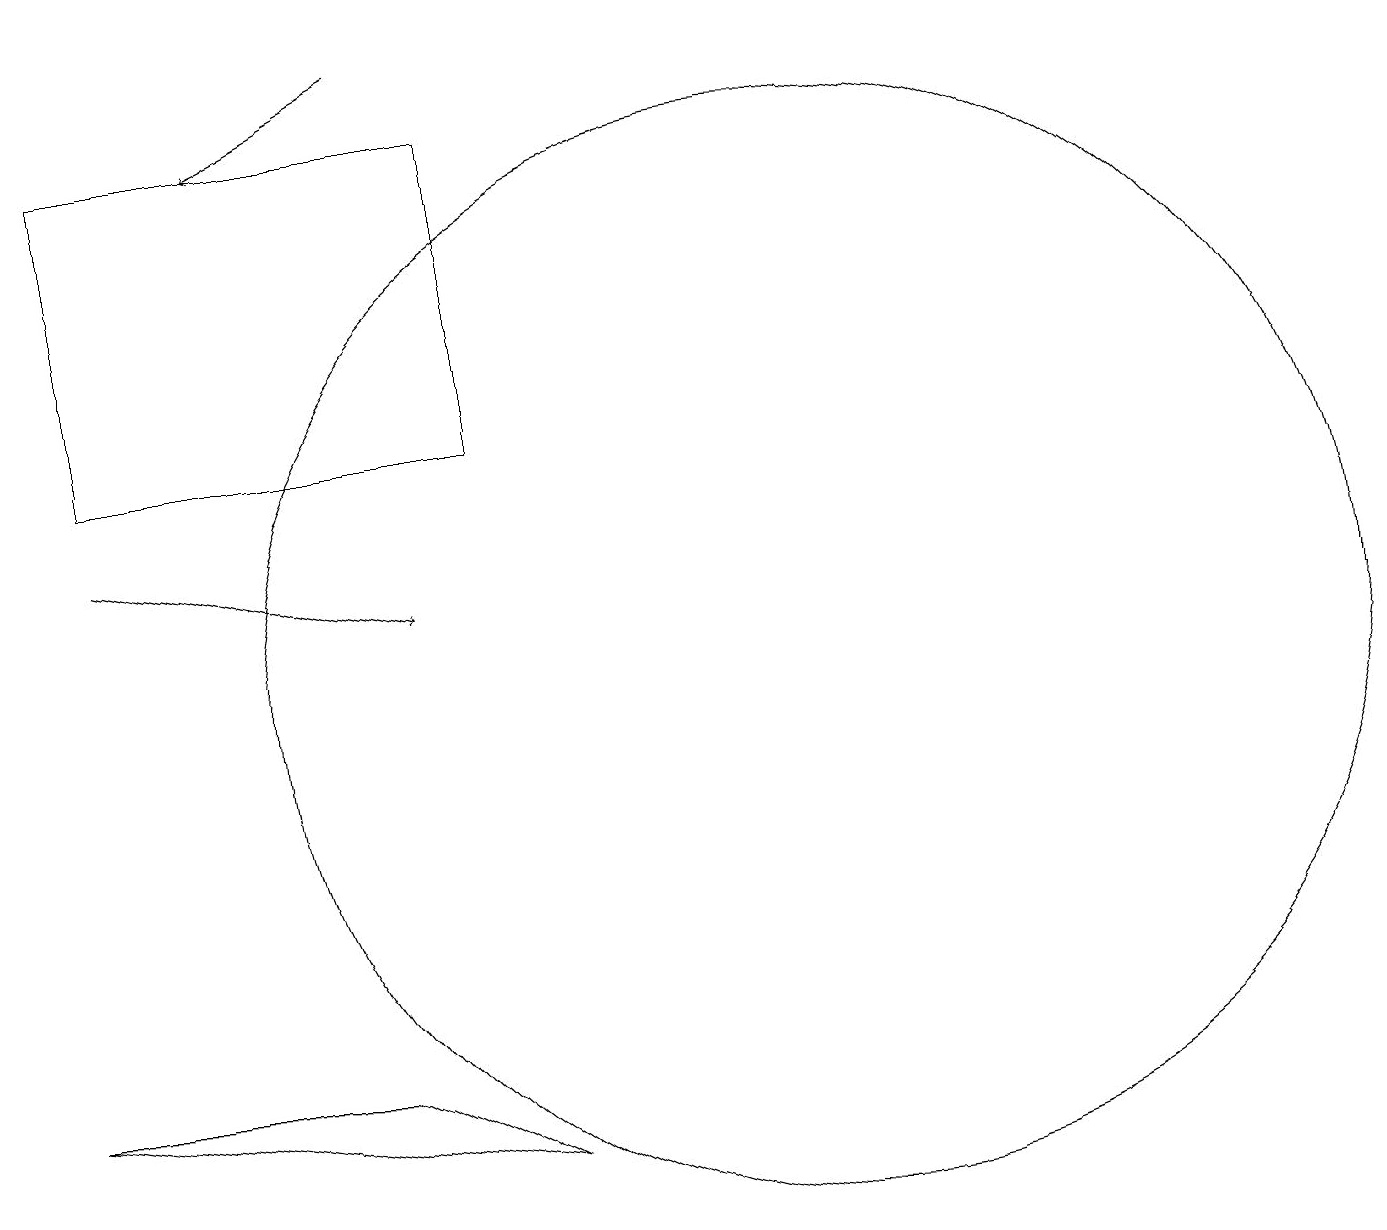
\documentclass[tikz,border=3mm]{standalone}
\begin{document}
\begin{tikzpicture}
\draw (8,4) -- (6,5) -- (2,5) -- cycle;
\draw[->] (3,12) -- (7,11);
\draw (8,17) rectangle (3,13);
\draw (12,10) circle (7);
\draw[->] (7,18) -- (5,17);
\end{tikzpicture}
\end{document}